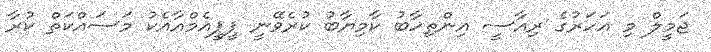
ޖަމީލް މި އަހަރުގެ ރިއާސީ އިންތިހާބު ކާމިޔާބު ކުރެވޭނީ ޕީޕީއެމްއާއެކު މަސައްކަތް ކުރާ